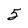
Character: 5